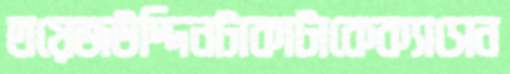
তয়েজউদ্দিনটাকাটাকেক্যাসেন